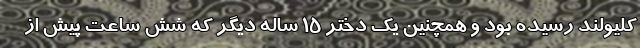
کلیولند رسیده بود و همچنین یک دختر ۱۵ ساله دیگر که شش ساعت پیش از